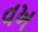
વખ